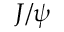
J / \psi